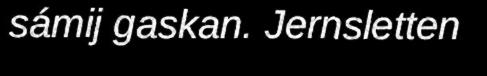
sámij gaskan. Jernsletten